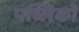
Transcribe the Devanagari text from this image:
पब्लिको